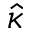
\widehat { \kappa }